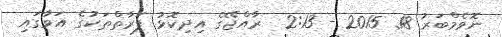
ނޮވެމްބަރު 18